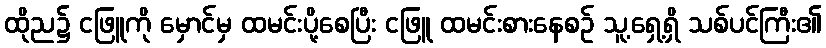
ထိုည၌ ငဖြူကို မှောင်မှ ထမင်းပို့စေပြီး ငဖြူ ထမင်းစားနေစဉ် သူ့ရှေ့ရှိ သစ်ပင်ကြီး၏